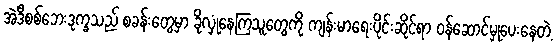
အဲဒီစစ်ဘေးဒုက္ခသည် စခန်းတွေမှာ ခိုလှုံနေကြသူတွေကို ကျန်းမာရေးပိုင်းဆိုင်ရာ ဝန်ဆောင်မှုပေးနေတဲ့